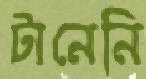
টানেনি